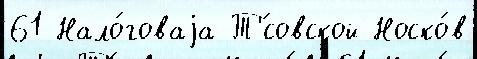
61 Нало́говаjа Т'́совской Носко́в